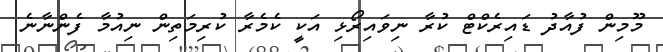
މޫމިން ފުއާދު ޑައިރެކްޓް ކުރާ ނިވައިރޯޅި އަކީ ކެމެރާ ކުރިމަތިން ނިއުމާ ފެންނާނެ